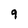
Character: 9